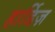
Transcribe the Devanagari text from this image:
हार्डिज़